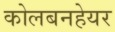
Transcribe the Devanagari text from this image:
कोलबनहेयर